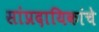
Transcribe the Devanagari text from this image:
सांप्रदायिकांचे